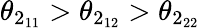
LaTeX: \theta_{2_{11}}>\theta_{2_{12}}>\theta_{2_{22}}